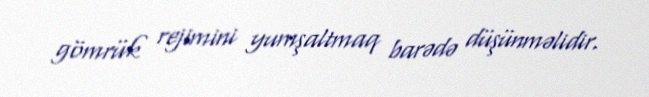
gömrük rejimini yumşaltmaq barədə düşünməlidir.